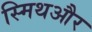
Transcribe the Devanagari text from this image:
स्मिथऔर